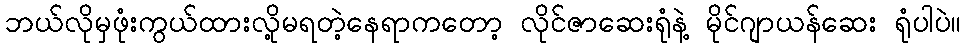
ဘယ်လိုမှဖုံးကွယ်ထားလို့မရတဲ့နေရာကတော့ လိုင်ဇာဆေးရုံနဲ့ မိုင်ဂျာယန်ဆေး ရုံပါပဲ။